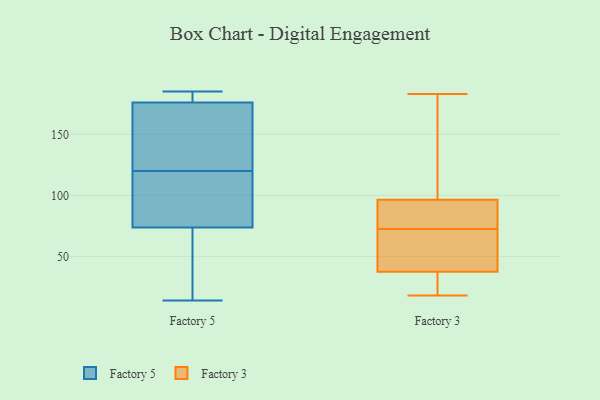
{"axis": {"x": "Inventory Turnover", "y": "Value"}, "legend": ["Factory 3", "Factory 5"], "data": [{"x": "", "y": 102, "type": "Factory 5"}, {"x": "", "y": 185, "type": "Factory 5"}, {"x": "", "y": 176, "type": "Factory 5"}, {"x": "", "y": 88, "type": "Factory 5"}, {"x": "", "y": 176, "type": "Factory 5"}, {"x": "", "y": 69, "type": "Factory 5"}, {"x": "", "y": 125, "type": "Factory 5"}, {"x": "", "y": 177, "type": "Factory 5"}, {"x": "", "y": 28, "type": "Factory 5"}, {"x": "", "y": 120, "type": "Factory 5"}, {"x": "", "y": 14, "type": "Factory 5"}, {"x": "", "y": 113, "type": "Factory 3"}, {"x": "", "y": 26, "type": "Factory 3"}, {"x": "", "y": 97, "type": "Factory 3"}, {"x": "", "y": 40, "type": "Factory 3"}, {"x": "", "y": 44, "type": "Factory 3"}, {"x": "", "y": 96, "type": "Factory 3"}, {"x": "", "y": 95, "type": "Factory 3"}, {"x": "", "y": 51, "type": "Factory 3"}, {"x": "", "y": 74, "type": "Factory 3"}, {"x": "", "y": 172, "type": "Factory 3"}, {"x": "", "y": 37, "type": "Factory 3"}, {"x": "", "y": 80, "type": "Factory 3"}, {"x": "", "y": 31, "type": "Factory 3"}, {"x": "", "y": 19, "type": "Factory 3"}, {"x": "", "y": 38, "type": "Factory 3"}, {"x": "", "y": 71, "type": "Factory 3"}, {"x": "", "y": 153, "type": "Factory 3"}, {"x": "", "y": 82, "type": "Factory 3"}, {"x": "", "y": 183, "type": "Factory 3"}, {"x": "", "y": 18, "type": "Factory 3"}]}